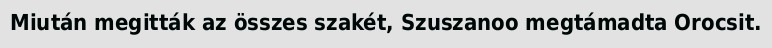
Miután megitták az összes szakét, Szuszanoo megtámadta Orocsit.